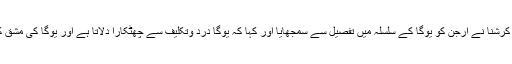
بھگوت گیتا کا چھٹا باب فلسفہ یوگا کے لیے خاص ہے، جس میں شری کرشنا نے ارجن کو یوگا کے سلسلہ میں تفصیل سے سمجھایا اور کہا کہ یوگا درد وتکلیف سے چھٹکارا دلاتا ہے اور یوگا کی مشق کرنے والا یوگی روحانیت الٰہی کی نعمت سے نفس کا اطمینان پالیتا ہے۔